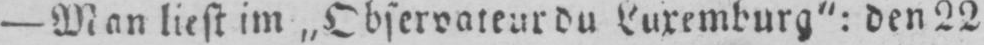
-Man liest im „Observateur du Luxemburg”: den 22